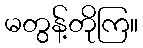
မတွန့်တိုကြ။